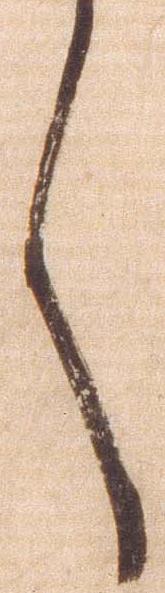
言